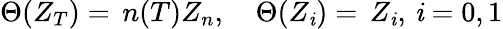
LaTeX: \Theta(Z_{T})=\, n(T)Z_{n},\quad\Theta(Z_{\mathit{i}})=\, Z_{\mathit{i}},\, \mathit{i}=0,1